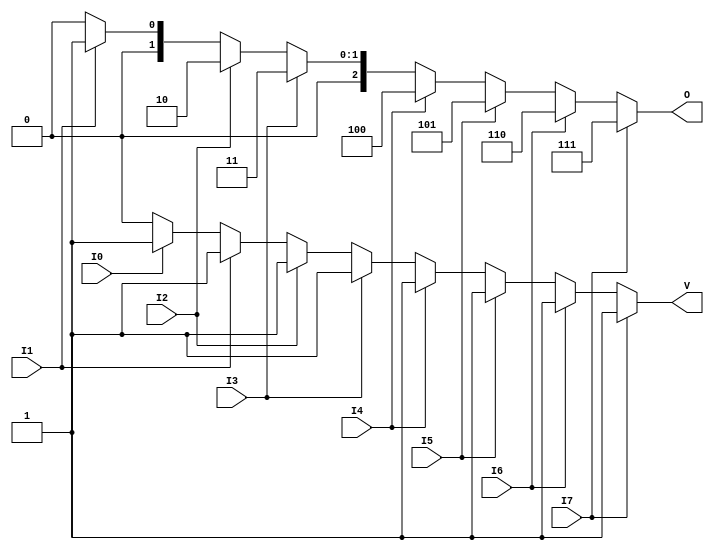
module encoder_8_to_3 (
    input wire I0,
    input wire I1,
    input wire I2,
    input wire I3,
    input wire I4,
    input wire I5,
    input wire I6,
    input wire I7,
    output reg [2:0] O, // O2, O1, O0
    output reg V        // Valid output
);

// Combinational logic to determine the outputs
always @(*) begin
    // Default values
    O = 3'b000; // Default output
    V = 1'b0;   // Default valid output

    if (I7) begin
        O = 3'b111; // Output for I7
        V = 1'b1;
    end else if (I6) begin
        O = 3'b110; // Output for I6
        V = 1'b1;
    end else if (I5) begin
        O = 3'b101; // Output for I5
        V = 1'b1;
    end else if (I4) begin
        O = 3'b100; // Output for I4
        V = 1'b1;
    end else if (I3) begin
        O = 3'b011; // Output for I3
        V = 1'b1;
    end else if (I2) begin
        O = 3'b010; // Output for I2
        V = 1'b1;
    end else if (I1) begin
        O = 3'b001; // Output for I1
        V = 1'b1;
    end else if (I0) begin
        O = 3'b000; // Output for I0
        V = 1'b1;
    end
end

endmodule